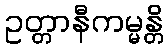
ဥတ္တာနီကမ္မန္တိ